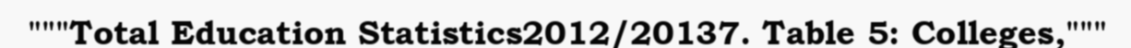
"""Total Education Statistics2012/20137. Table 5: Colleges,"""